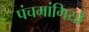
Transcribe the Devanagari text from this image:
पंचमांगियों